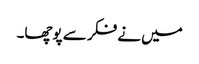
میں نے فکر سے پوچھا۔